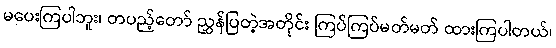
မပေးကြပါဘူး၊ တပည့်တော် ညွှန်ပြတဲ့အတိုင်း ကြပ်ကြပ်မတ်မတ် ထားကြပါတယ်၊